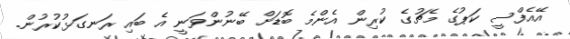
އޭއެފްސީ ކަޕުގެ މެޗުގެ ކުރިން އެންމެ ބޮޑަށް ބޭނުންވަނީ އެ ބައި ރަނގަޅުކުރުން.